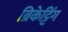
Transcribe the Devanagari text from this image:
ब्रिकेट्टिंग